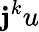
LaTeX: \mathbf{j}^{k}u